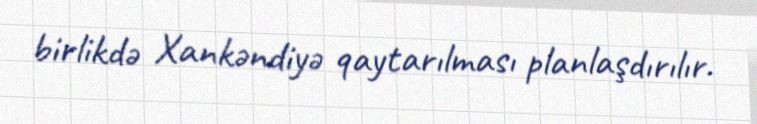
birlikdə Xankəndiyə qaytarılması planlaşdırılır.